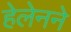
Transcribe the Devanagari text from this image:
हेलेनने